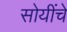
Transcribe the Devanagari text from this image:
सोयींचे